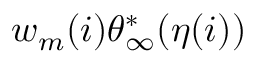
w _ { m } ( i ) { \theta } _ { \infty } ^ { * } ( \eta ( i ) )